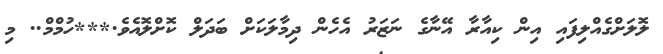
ލޮލަށްގެއްލިފައި އިން ކިއާރާ އޭނާގެ ނަޒަރު އެހެން ދިމާލަކަށް ބަދަލް ކޮށްލޮއެވެ.***ހުމްމް.. މި